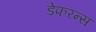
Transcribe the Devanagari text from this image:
डेफरन्स